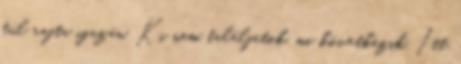
túl rajta igazán. Ki nem találjátok, mi következik. Itt